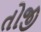
તોજી